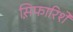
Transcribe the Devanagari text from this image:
स़िफारिशें